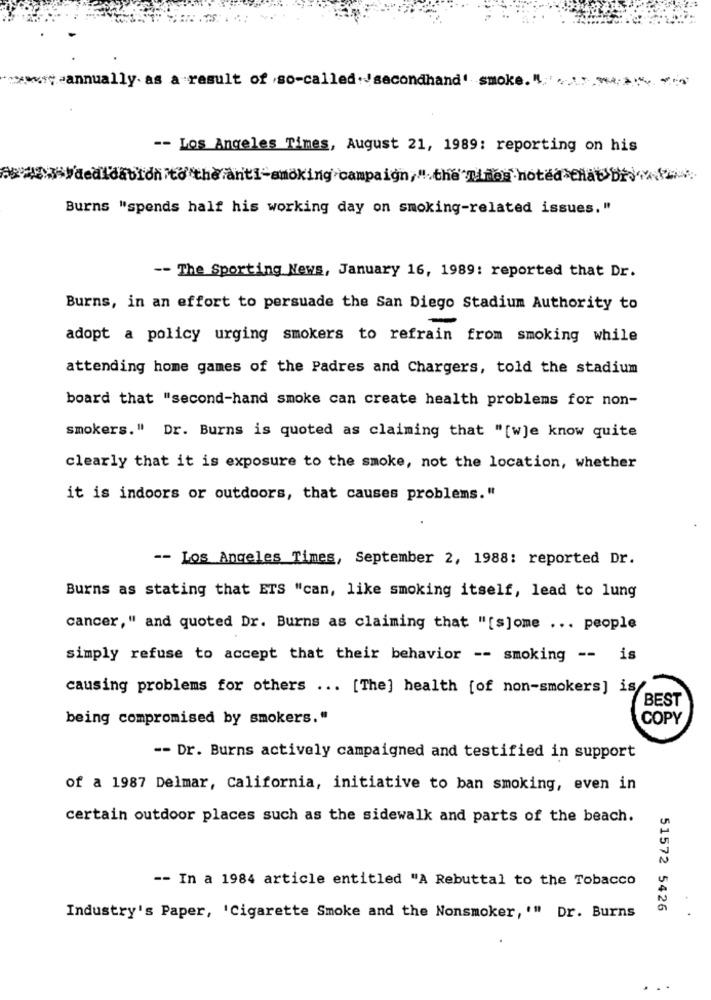
:- annually. as a result of .so-called.secondhand' smoke. "'
-- Los Angeles Times, August 21, 1989: reporting on his
W'dedidatidnito the anti-smoking campaign," the"mimer noted that br> <<
Burns "spends half his working day on smoking-related issues."
-- The Sporting News, January 16, 1989: reported that Dr.
Burns, in an effort to persuade the San Diego Stadium Authority to
adopt a policy urging smokers to refrain from smoking while
attending home games of the Padres and Chargers, told the stadium
board that "second-hand smoke can create health problems for non-
smokers." Dr. Burns is quoted as claiming that "[w]e know quite
clearly that it is exposure to the smoke, not the location, whether
it is indoors or outdoors, that causes problems."
-- Los Angeles Times, September 2, 1988: reported Dr.
Burns as stating that ETS "can, like smoking itself, lead to lung
cancer," and quoted Dr. Burns as claiming that "[s]ome ... people
simply refuse to accept that their behavior -- smoking -- is
causing problems for others ... [The] health [of non-smokers] is/
BEST
being compromised by smokers."
COPY
-- Dr. Burns actively campaigned and testified in support
of a 1987 Delmar, California, initiative to ban smoking, even in
certain outdoor places such as the sidewalk and parts of the beach.
-- In a 1984 article entitled "A Rebuttal to the Tobacco
51572 5426
Industry's Paper, 'Cigarette Smoke and the Nonsmoker, '" Dr. Burns